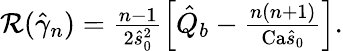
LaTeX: \begin{array}{r}{\mathcal{R}(\hat{\gamma}_{n})=\frac{n-1}{2\hat{s}_{0}^{2}}\left[\hat{Q}_{b}-\frac{n(n+1)}{\textrm{Ca}\hat{s}_{0}}\right].}\end{array}